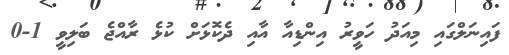
ފައިނަލްގައި މިއަދު ހަވީރު އިންޑިއާ އާއި ދެކޮޅަށް ކުޅެ ރާއްޖެ ބަލިވީ 1-0